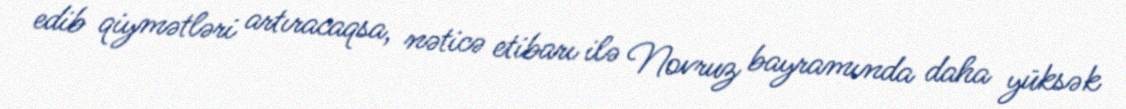
edib qiymətləri artıracaqsa, nəticə etibarı ilə Novruz bayramında daha yüksək